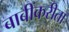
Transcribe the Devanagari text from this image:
बाबींकरीता